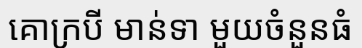
គោក្របី មាន់ទា មួយចំនួនធំ